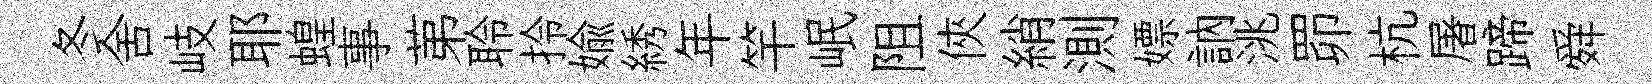
冬舍岐耶蝗事苐聆拎媮綉年竿岷阻俠綃測嫖訥洮𦊑杭屠蹄舜